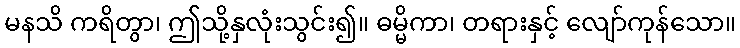
မနသိ ကရိတွာ၊ ဤသို့နှလုံးသွင်း၍။ ဓမ္မိကာ၊ တရားနှင့် လျော်ကုန်သော။